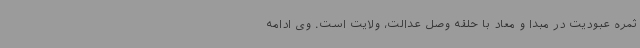
ثمره عبودیت در مبدا و معاد با حلقه وصل عدالت، ولایت است. وی ادامه